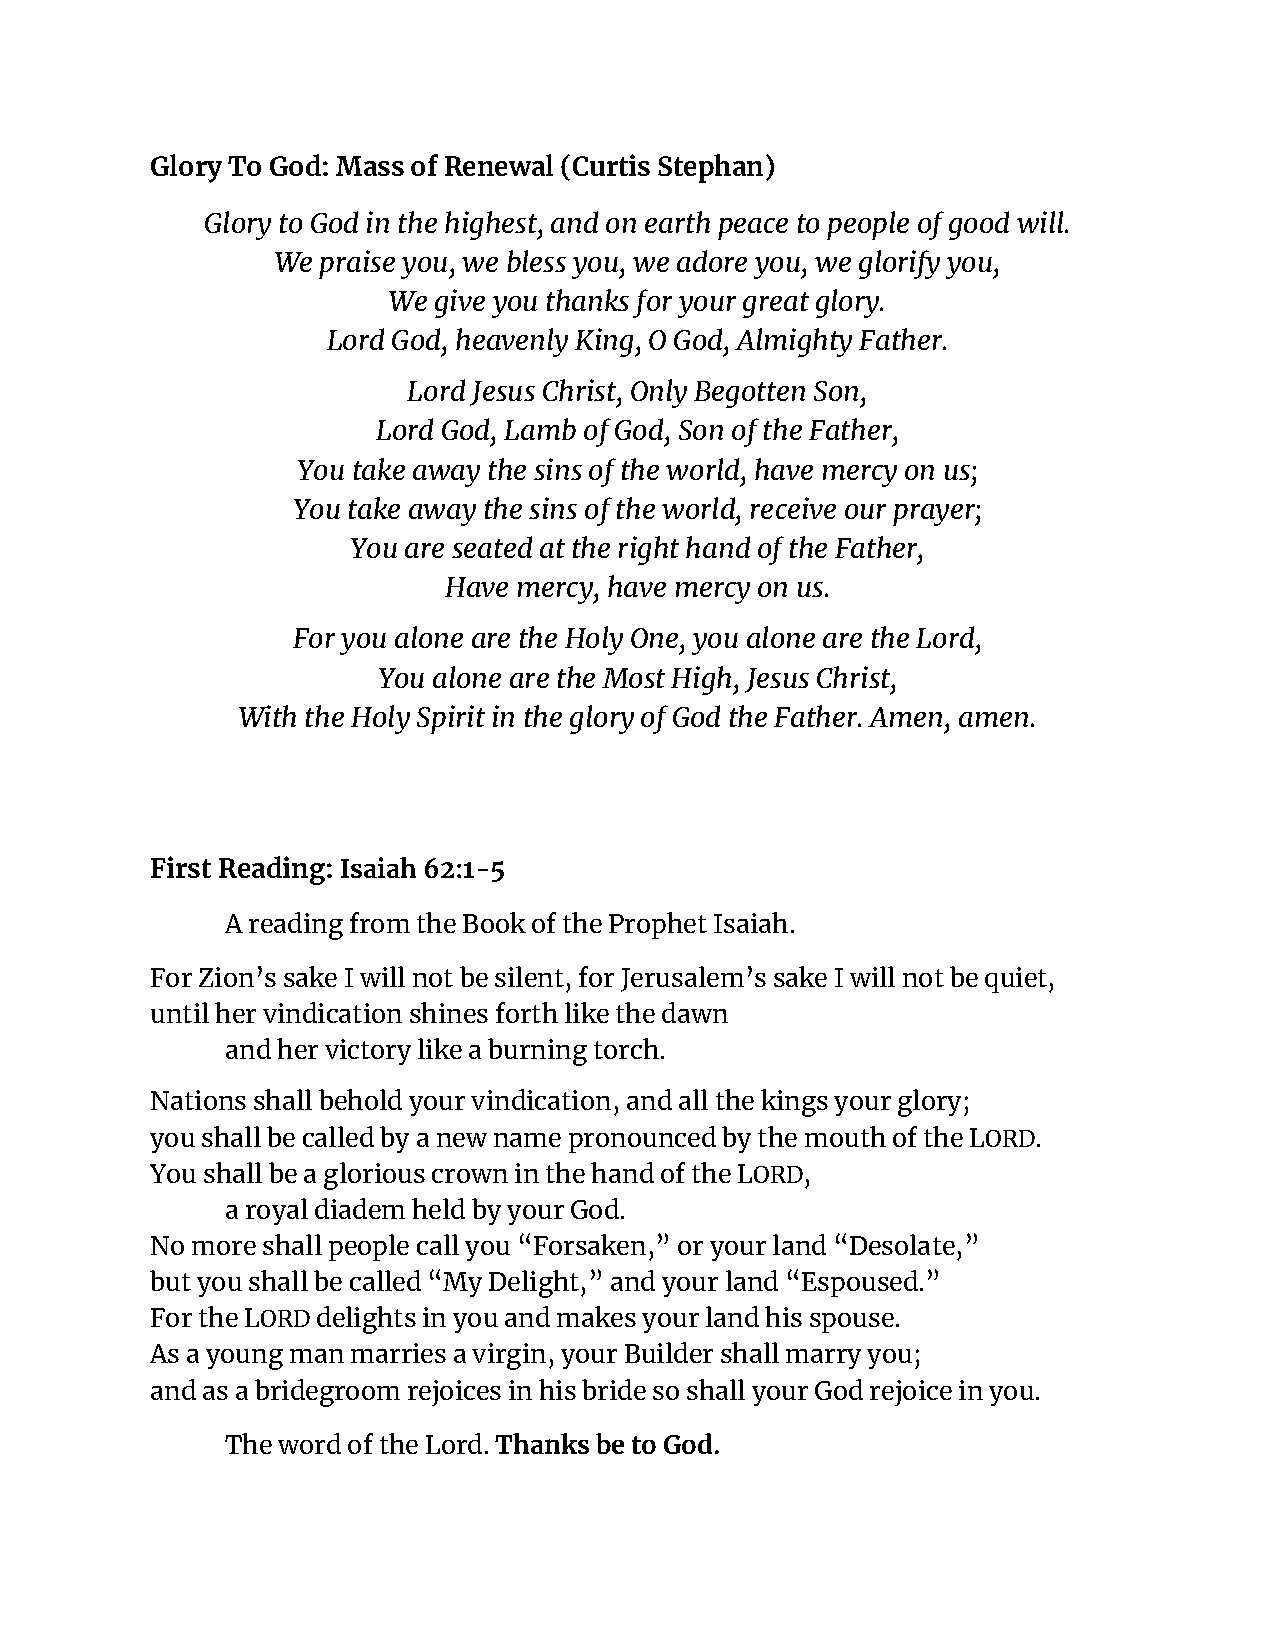
Glory To God: Mass of Renewal (Curtis Stephan)
 Glory to God in the highest, and on earth peace to people of good will.
 We praise you, we bless you, we adore you, we glorify you,
 We give you thanks for your great glory.
 Lord God, heavenly King, O God, Almighty Father.
 Lord Jesus Christ, Only Begotten Son,
 Lord God, Lamb of God, Son of the Father,
 You take away the sins of the world, have mercy on us;
 You take away the sins of the world, receive our prayer;
 You are seated at the right hand of the Father,
 Have mercy, have mercy on us.
 For you alone are the Holy One, you alone are the Lord,
 You alone are the Most High, Jesus Christ,
 With the Holy Spirit in the glory of God the Father. Amen, amen.
 First Reading:Isaiah 62:1-5
 A reading from the Book of the Prophet Isaiah.
 For Zion’s sake I will not be silent, for Jerusalem’s sake I will not be quiet,
 until her vindication shines forth like the dawn
 and her victory like a burning torch.
 Nations shall behold your vindication, and all the kings your glory;
 you shall be called by a new name pronounced by the mouth of the LORD.
 You shall be a glorious crown in the hand of the LORD,
 a royal diadem held by your God.
 No more shall people call you “Forsaken,” or your land “Desolate,”
 but you shall be called “My Delight,” and your land “Espoused.”
 For the LORDdelights in you and makes your land hisspouse.
 As a young man marries a virgin, your Builder shall marry you;
 and as a bridegroom rejoices in his bride so shall your God rejoice in you.
 The word of the Lord.Thanks be to God.